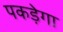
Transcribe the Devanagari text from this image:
पकड़ेगा